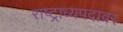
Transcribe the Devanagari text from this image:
राष्ट्राध्यपदावर